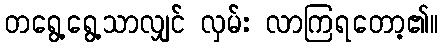
တရွေ့ရွေ့သာလျှင် လှမ်း လာကြရတော့၏။